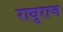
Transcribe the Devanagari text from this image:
राघुराज